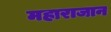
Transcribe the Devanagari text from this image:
महाराजान